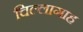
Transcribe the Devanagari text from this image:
चिल्लागाह